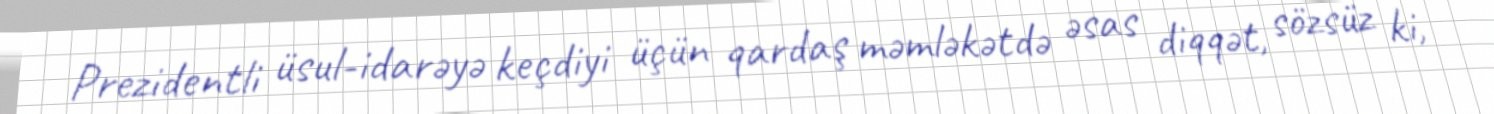
Prezidentli üsul-idarəyə keçdiyi üçün qardaş məmləkətdə əsas diqqət, sözsüz ki,